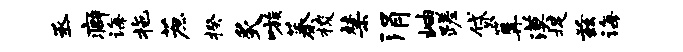
丞癖诲拖蔗揆炙嗾蓁梭禁涓岫蹉贷篝漠捉兹诲